Report on horse surra - Volume II, Part I
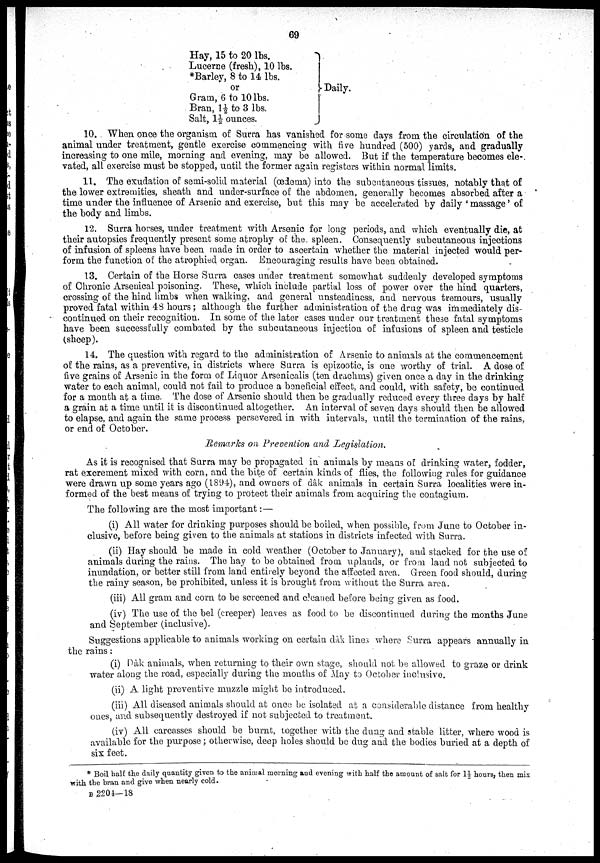
69
Hay, 15 to 20 lbs.
Lucerne (fresh), 10 lbs.
*Barley, 8 to 14 lbs.
or
Gram, 6 to 10lbs.
Bran, 1½ to 3 lbs.
Salt, 1½ ounces.
Daily.
10. When once the organism of Surra has vanished for some days from the circulation of the
animal under treatment, gentle exercise commencing with five hundred (500) yards, and gradually
increasing to one mile, morning and evening, may be allowed. But if the temperature becomes ele-
vated, all exercise must be stopped, until the former again registers within normal limits.
11. The exudation of semi-solid material (œdema) into the subcutaneous, tissues, notably that of
the lower extremities, sheath and under-surface of the abdomen, generally becomes absorbed after a
time under the influence of Arsenic and exercise, but this may be accelerated by daily 'massage' of
the body and limbs.
12. Surra horses, under treatment with Arsenic for long periods, and which eventually die, at
their autopsies frequently present some atrophy of the, spleen. Consequently subcutaneous injections
of infusion of spleens have been made in order to ascertain whether the material injected would per-
form the function of the atrophied organ. Encouraging results have been obtained.
13. Certain of the Horse Surra cases under treatment somewhat suddenly developed symptoms
of Chronic Arsenical poisoning. These, which include partial loss of power over the hind quarters,
crossing of the hind limbs when walking, and general unsteadiness, and nervous tremours, usually
proved fatal within 48 hours; although the further administration of the drug was immediately dis-
continued on their recognition. In some of the later cases under our treatment these fatal symptoms
have been successfully combated by the subcutaneous injection of infusions of spleen and testicle
(sheep).
14. The question with regard to the administration of Arsenic to animals at the commencement
of the rains, as a preventive, in districts where Surra is epizootic, is one worthy of trial. A dose of
five grains of Arsenic in the form of Liquor Arsenicalis (ten drachms) given once a day in the drinking
water to each animal, could not fail to produce a beneficial effect, and could, with safety, be continued
for a month at a time. The dose of Arsenic should then be gradually reduced every three days by half
a grain at a time until it is discontinued altogether. An interval of seven days should then be allowed
to elapse, and again the same process persevered in with intervals, until the termination of the rains,
or end of October.
Remarks on Prevention and Legislation.
As it is recognised that Surra may be propagated in animals by means of drinking water, fodder,
rat excrement mixed with corn, and the bite of certain kinds of flies, the following rules for guidance
were drawn up some years ago (1894), and owners of dâk animals in certain Surra localities were in-
formed of the best means of trying to protect their animals from acquiring the contagium.
The following are the most important: —
(i) All water for drinking purposes should be boiled, when possible, from June to October in-
clusive, before being given to the animals at stations in districts infected with Surra.
(ii) Hay should be made in cold weather (October to January), and stacked for the use of
animals during the rains. The hay to be obtained from uplands, or from land not subjected to
inundation, or better still from land entirely beyond the affected area. Green food should, during
the rainy season, be prohibited, unless it is brought from without the Surra area.
(iii) All gram and corn to be screened and cleaned before being given as food.
(iv) The use of the bel (creeper) leaves as food to be discontinued during the months June
and September (inclusive)
Suggestions applicable to animals working on certain dâk lines where Surra appears annually in
the rains.
(i) Dâk animals, when returning to their own stage, should not be allowed to graze or drink
water along the road, especially during the months of May to October inclusive.
(ii) A light preventive muzzle might be introduced.
(iii) All diseased animals should at once be isolated at a considerable distance from healthy
ones, and subsequently destroyed if not subjected to treatment.
(iv) All carcasses should be burnt, together with the dung and stable litter, where wood is
available for the purpose; otherwise, deep holes should be dug and the bodies buried at a depth of
six feet.
* Boil half the daily quantity given to the animal morning and evening with half the amount of salt for 1½ hours, then mix
with the bran and give when nearly cold.
B 2204-18